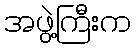
အဖွဲ့ကြီးက